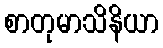
စာတုမာသိနိယာ